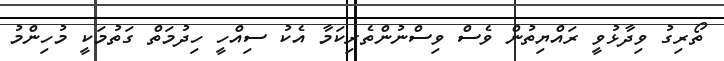
ތޯރިގު ވިދާޅުވީ ރައްޔިތުން ވެސް ވިސްނުންތެރިކަމާ އެކު ސިއްހީ ހިދުމަތް ގަތުމަކީ މުހިންމު